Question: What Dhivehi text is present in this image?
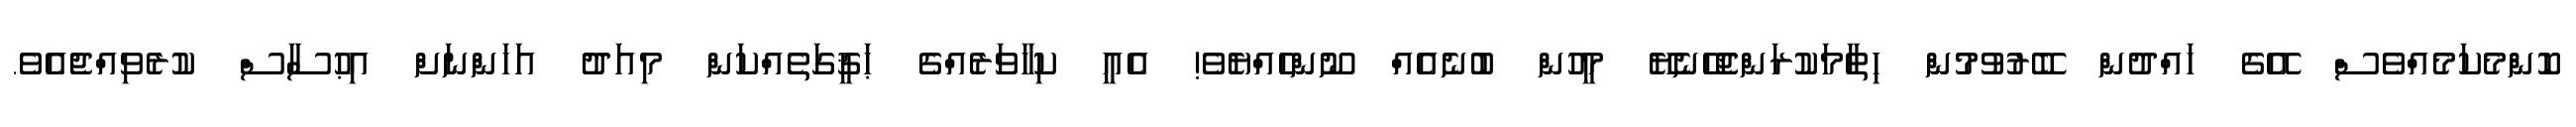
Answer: ކޮންމެކަމެއްވެސް އޭގެ ހައްދުން ބޭރުވުމުން ހިތާމަކުރަންޖެހޭނެޔޭ މީހުން ބުނެއެއް ނޫންހެއްޔެވެ! އެއީ ކިހާވަރެއްގެ ޙަޤީގަތެއްކަން މިއަދު އަހަންނަށް އިޙުސާސް ކުރެވިއްޖެއެވެ.